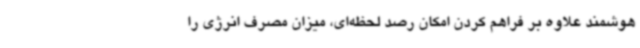
هوشمند علاوه بر فراهم کردن امکان رصد لحظه‌ای، میزان مصرف انرژی را